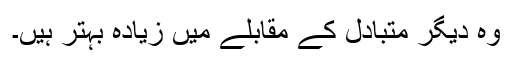
وہ دیگر متبادل کے مقابلے میں زیادہ بہتر ہیں۔